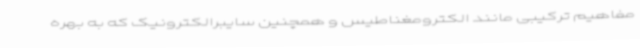
مفاهیم ترکیبی مانند الکترومغناطیس و همچنین سایبرالکترونیک که به بهره